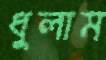
ধুলাম